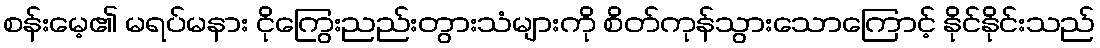
စန်းမေ့၏ မရပ်မနား ငိုကြွေးညည်းတွားသံများကို စိတ်ကုန်သွားသောကြောင့် နိုင်နိုင်းသည်